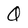
Character: Q